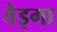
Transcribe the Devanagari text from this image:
वेइगा